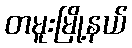
တမူးမြို့နယ်